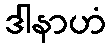
ဒါနာဟံ